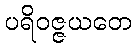
ပရိဝဇ္ဇယတေ